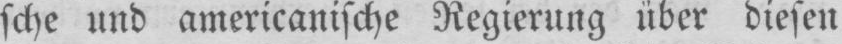
sche und americanische Regierung über diesen